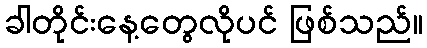
ခါတိုင်းနေ့တွေလိုပင် ဖြစ်သည်။